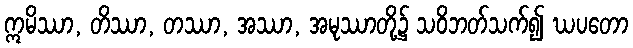
ဣမိဿာ, တိဿာ, တဿာ, အဿာ, အမုဿာတို့၌ သဝိဘတ်သက်၍ ဃပတော